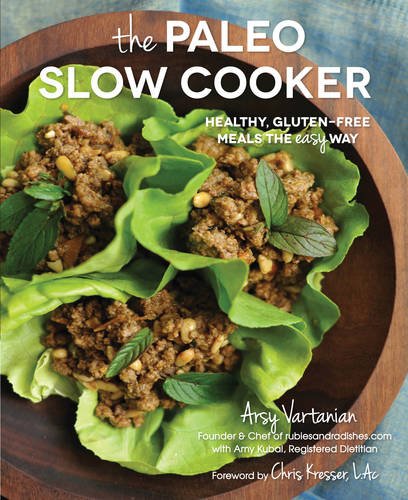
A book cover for The Paleo Slow Cooker: Healthy, Gluten-Free Meals the Easy Way; Arsy Vartanian; Cookbooks, Food & Wine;